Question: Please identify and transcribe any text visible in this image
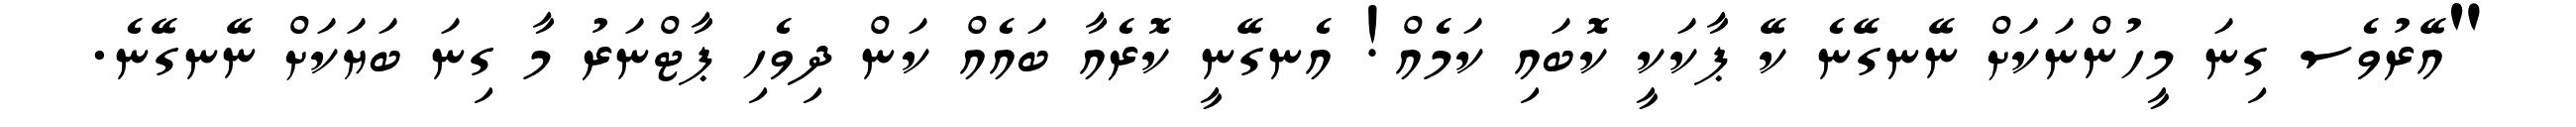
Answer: "އޭރުވެސ ގިނަ މީހުންނަކަށް ނޭނގޭނެ ކޭ ޕާކަކީ ކޮބައި ކަމެއް! އެނގޭނީ ކޮރެއާ ބައެއް ކަން ދިވެހި ޕާޓްނަރު މާ ގިނަ ބަޔަކަށް ނޭނގޭނެ.